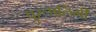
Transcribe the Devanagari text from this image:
पुरूषलिंगी